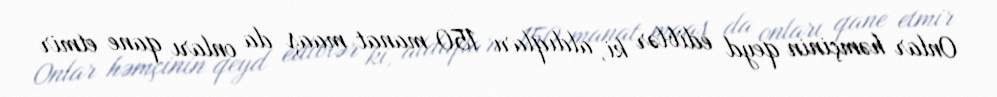
Onlar həmçinin qeyd ediblər ki, aldıqları 150 manat maaş da onları qane etmir